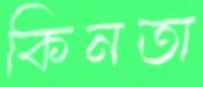
কিনতা